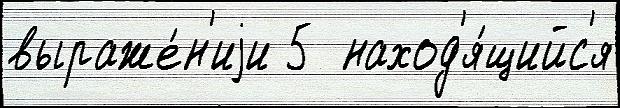
выраже́н'иjи 5  наход'я́щийс'я